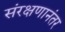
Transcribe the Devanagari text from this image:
संरक्षणानंतर